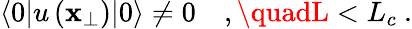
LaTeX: \langle0|u\left(\mathbf{x}_{\perp}\right)|0\rangle\neq0\quad,\quadL<L_{c}\ .